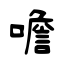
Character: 噡